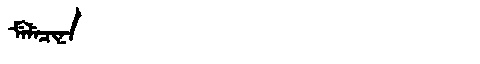
Manchu: ᠮᡝᠯᡝᠴᡳᠨᠠ
Romanization: MELECINA